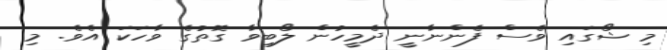
މި ޝޯގައި ވެސް ފެންނާނީ ދެމީހުން ލޯބިވާ ގޮތުގެ ވާހަކަ އެވެ. މި